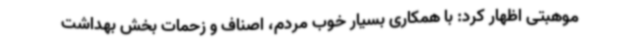
موهبتی اظهار کرد: با همکاری بسیار خوب مردم، اصناف و زحمات بخش بهداشت